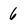
Character: 6